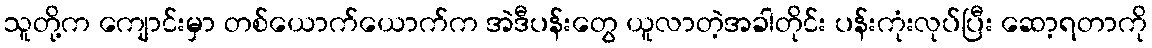
သူတို့က ကျောင်းမှာ တစ်ယောက်ယောက်က အဲဒီပန်းတွေ ယူလာတဲ့အခါတိုင်း ပန်းကုံးလုပ်ပြီး ဆော့ရတာကို